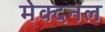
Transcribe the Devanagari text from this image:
मेक्दनल